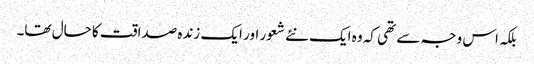
بلکہ اس وجہ سے تھی کہ وہ ایک نئے شعور اور ایک زندہ صداقت کا حال تھا۔